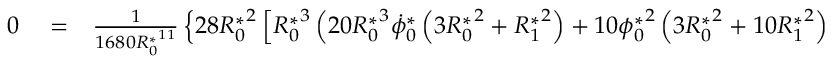
\begin{array} { r l r } { 0 } & { { } = } & { \frac { 1 } { 1 6 8 0 { R _ { 0 } ^ { * } } ^ { 1 1 } } \left\{ 2 8 { R _ { 0 } ^ { * } } ^ { 2 } \left[ { R _ { 0 } ^ { * } } ^ { 3 } \left( 2 0 { R _ { 0 } ^ { * } } ^ { 3 } \dot { \phi } _ { 0 } ^ { * } \left( 3 { R _ { 0 } ^ { * } } ^ { 2 } + { R _ { 1 } ^ { * } } ^ { 2 } \right) + 1 0 { \phi _ { 0 } ^ { * } } ^ { 2 } \left( 3 { R _ { 0 } ^ { * } } ^ { 2 } + 1 0 { R _ { 1 } ^ { * } } ^ { 2 } \right) \right. \right. \right. } \end{array}